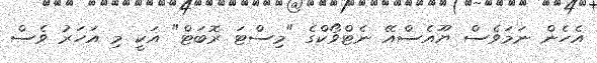
އެހެން ނަމަވެސް ޔޫއެސްއޭ ނެޓްވޯކްގެ "މިސްޓަ ރޮބަޓް" އަކީ މި އަހަރު ވެސް